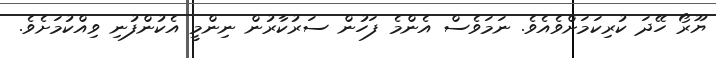
ޔޫރޯ ހޭދަ ކުރިކަމަށްވެއެވެ. ނަމަވެސް އެންމެ ފަހުން ސަރުކާރުން ނިންމީ އެކުންފުނި ވިއްކުމަށެވެ.